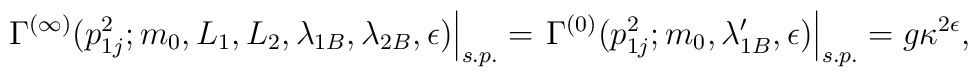
\left.\Gamma^{(\infty)} (p_{1j}^{2}; m_{0}, L_{1},L_{2}, \lambda_{1B},\lambda_{2B}, \epsilon) \right|_{s.p.} =   \left. \Gamma ^{(0)}(p_{1j}^{2}; m_{0}, \lambda_{1B}', \epsilon) \right|_{s.p.}  =  g\kappa ^{2\epsilon},